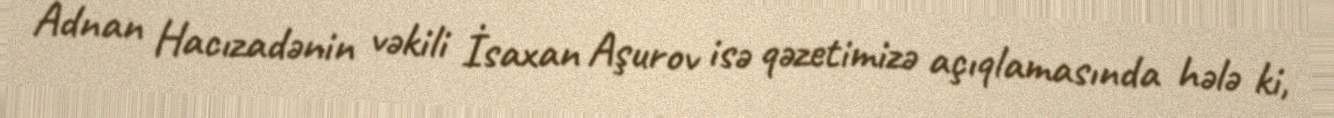
Adnan Hacızadənin vəkili İsaxan Aşurov isə qəzetimizə açıqlamasında hələ ki,